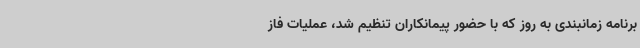
برنامه زمانبندی به روز که با حضور پیمانکاران تنظیم شد، عملیات فاز